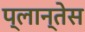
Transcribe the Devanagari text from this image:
प्लान्तेस